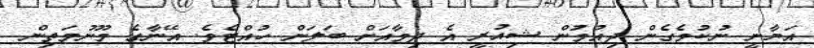
އަޔާނީ ނުކުމެގެން ދިއުމުން ޝިއުރީ އެ ދިމާއަށް ބަލަން ހުއްޓެވެ. އޭނާގެ މޫނުމަތިން